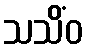
သသိံဝ